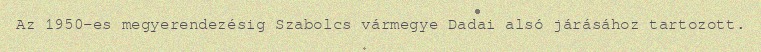
Az 1950-es megyerendezésig Szabolcs vármegye Dadai alsó járásához tartozott.